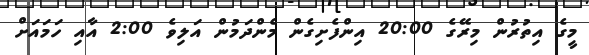
މީގެ އިތުރުން މިރޭގެ 20:00 އިންފެށިގެން މެންދަމުން އަލިވެ 2:00 އާއި ހަމައަށް